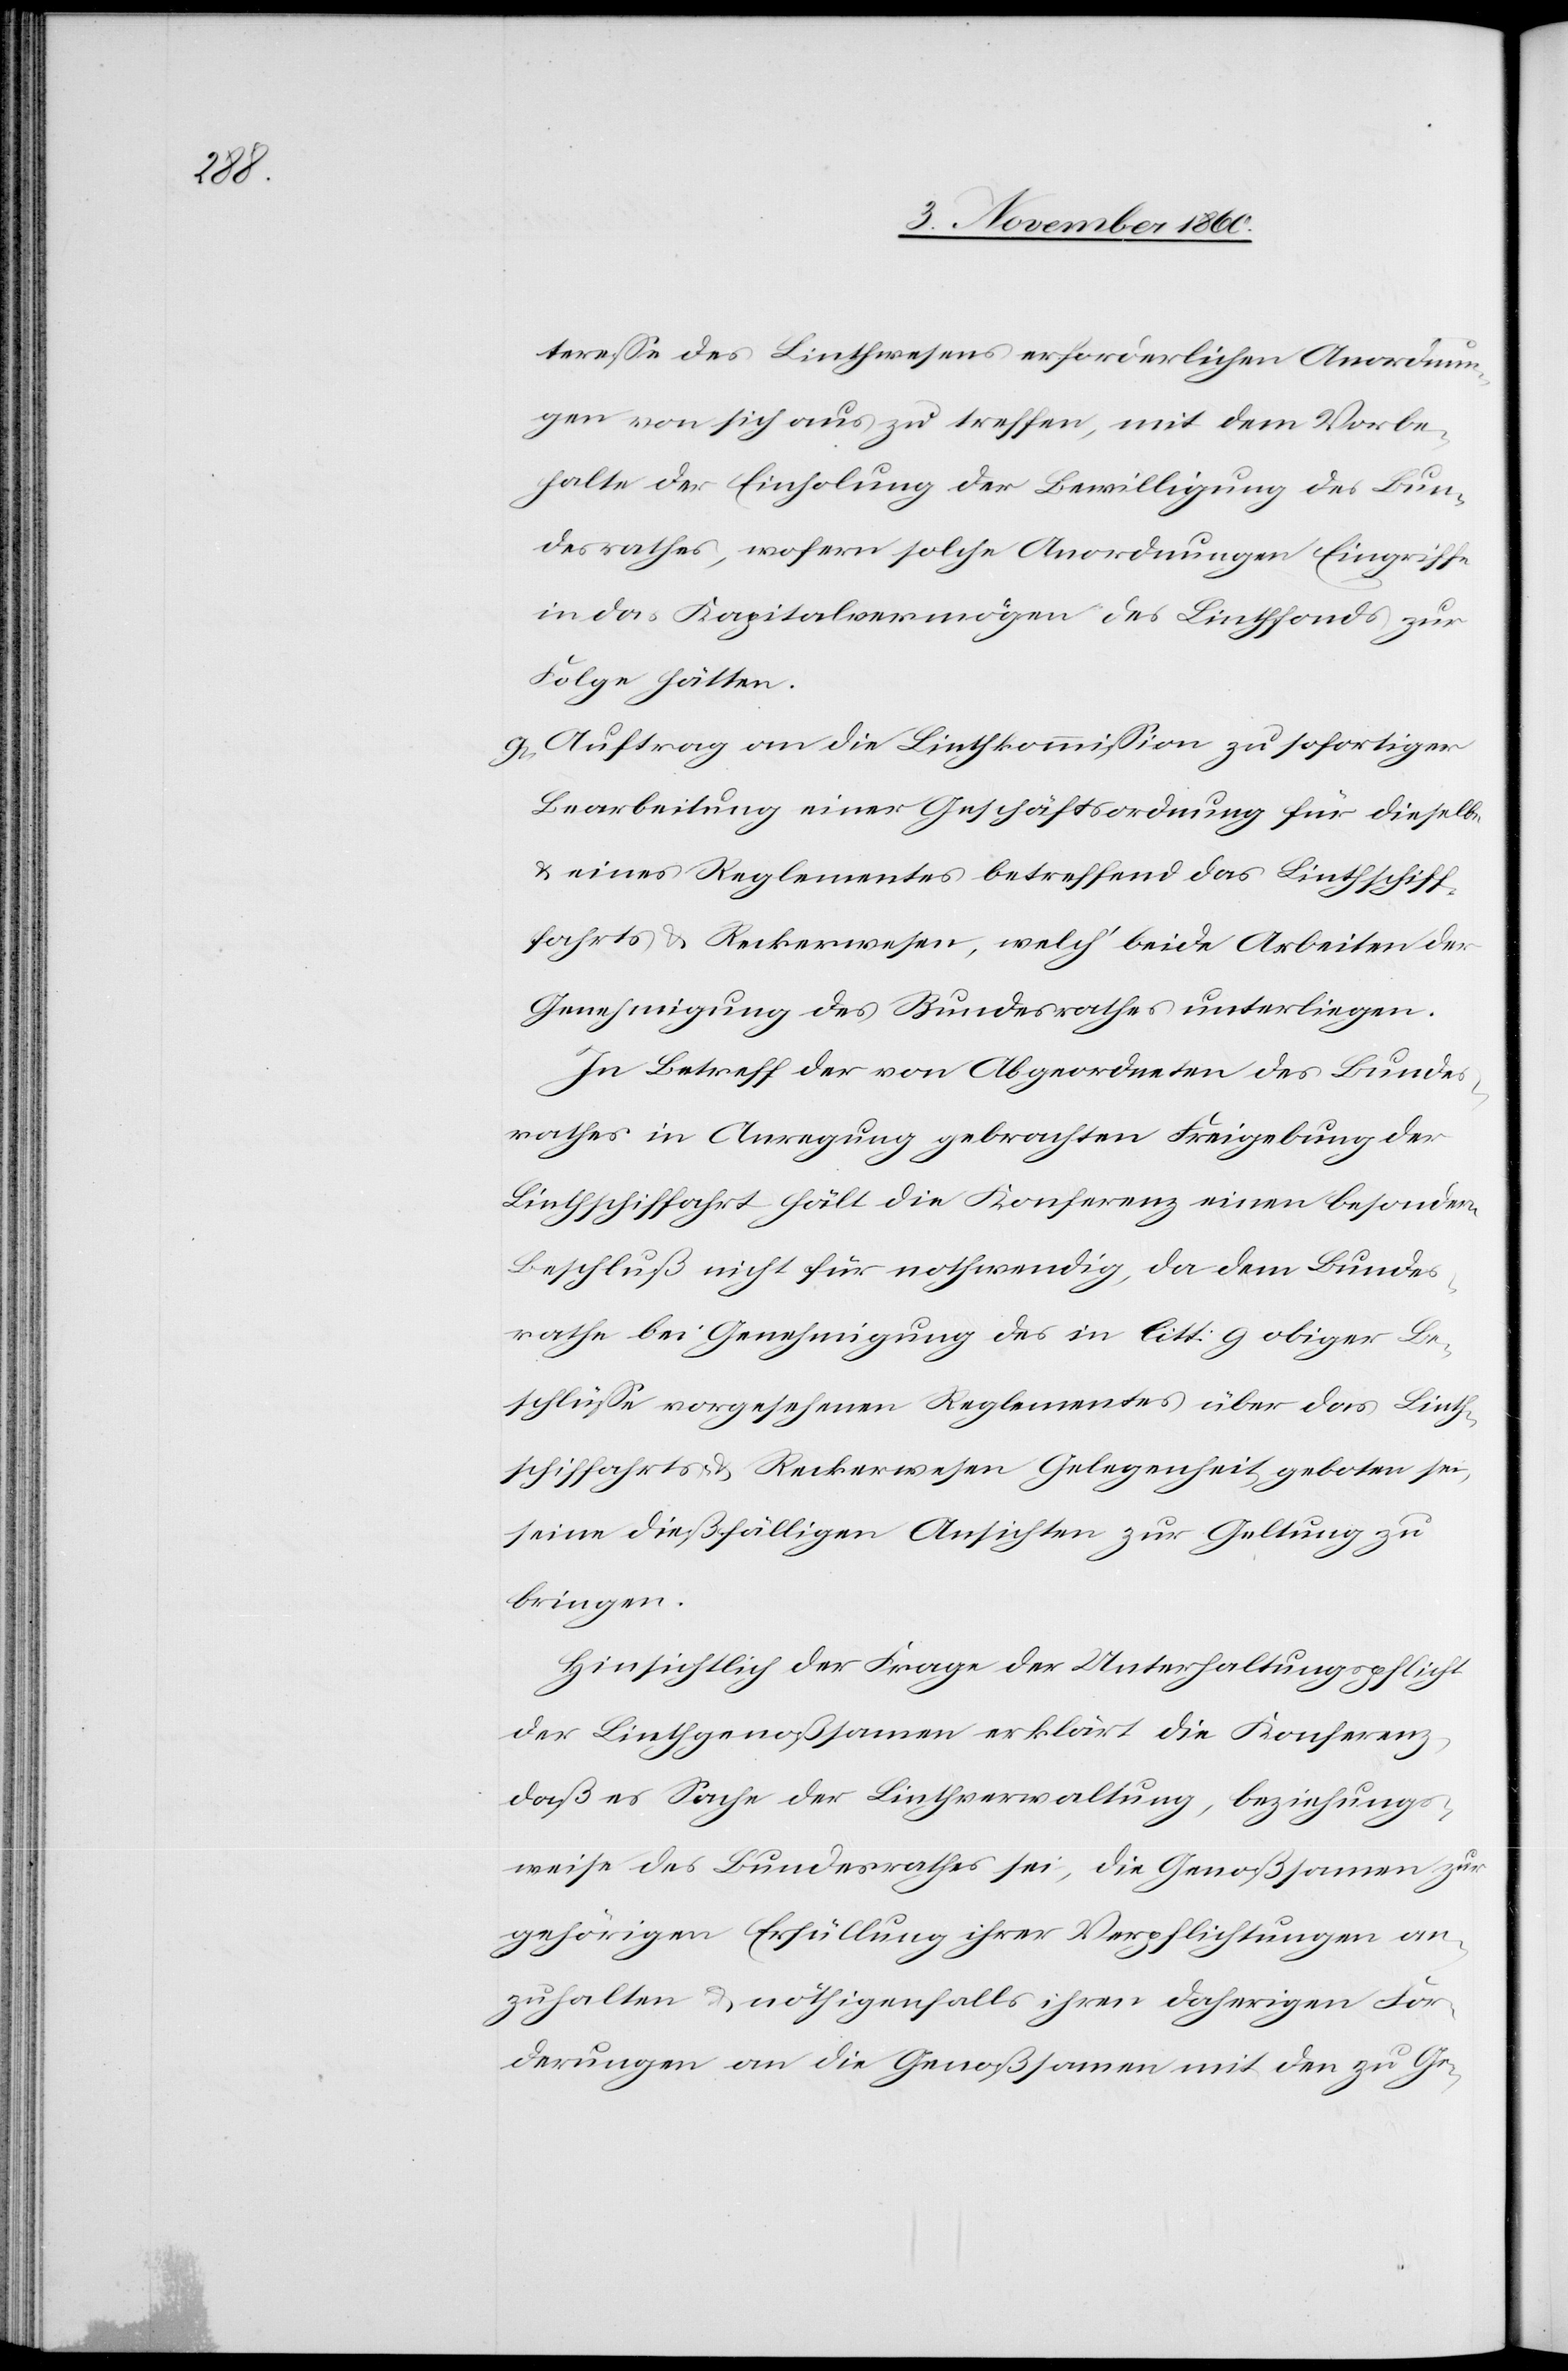
teresse des Linthwesens erforderlichen Anordnun¬
gen von sich aus zu treffen, mit dem Vorbe¬
halte der Einholung der Bewilligung des Bun¬
desrathes, wofern solche Anordnungen Eingriffe
in das Kapitalvermögen des Linthfonds zur
Folge hätten.
g) Auftrag an die Linthkommission zu sofortiger
Bearbeitung einer Geschäftsordnung für dieselbe
u. eines Reglementes betreffend das Linthschiff¬
fahrts[-] u. Reckerwesen, welch’ beide Arbeiten der
Genehmigung des Bundesrathes unterliegen.
In Betreff der von Abgeordneten des Bundes¬
rathes in Anregung gebrachten Freigebung der
Linthschiffahrt hält die Konferenz einen besondern
Beschluß nicht für nothwendig, da dem Bundes¬
rathe bei Genehmigung des in litt. g obiger Be¬
schlüsse vorgesehenen Reglementes über das Linth¬
schiffahrts- u. Reckerwesen Gelegenheit geboten sei,
seine dießfälligen Ansichten zur Geltung zu
bringen.
Hinsichtlich der Frage der Unterhaltungspflicht
der Linthgenoßsamen erklärt die Konferenz,
daß es Sache der Linthverwaltung, beziehungs¬
weise des Bundesrathes sei, die Genoßsamen zur
gehörigen Erfüllung ihrer Verpflichtungen an¬
zuhalten u. nöthigenfalls ihren daherigen For¬
derungen an die Genoßsamen mit den zu Ge-